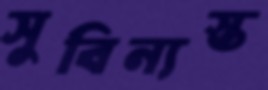
সুবিন্যস্ত